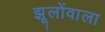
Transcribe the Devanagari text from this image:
झूलोंवाला